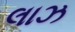
લાઝ